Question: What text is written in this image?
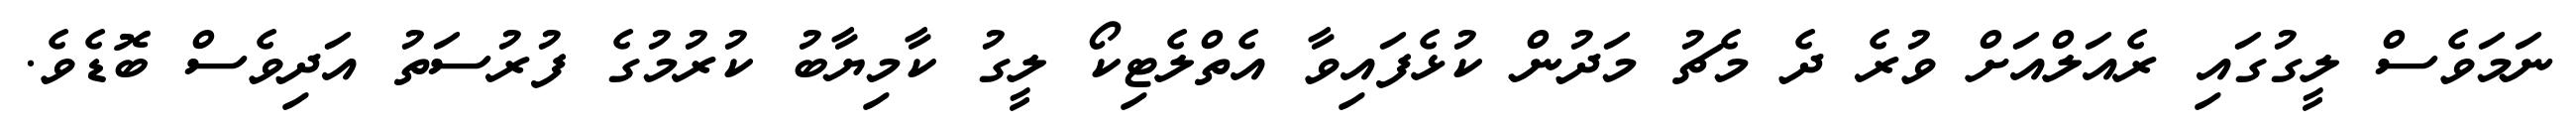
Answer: ނަމަވެސް ލީގުގައި ރެއަލްއަށް ވުރެ ދެ މެޗު މަދުން ކުޅެފައިވާ އެތްލެޓިކޯ ލީގު ކާމިޔާބު ކުރުމުގެ ފުރުސަތު އަދިވެސް ބޮޑެވެ.